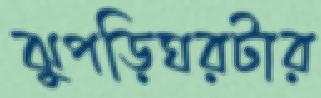
ঝুপড়িঘরটার